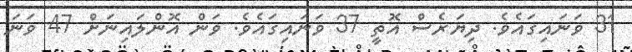
31 ވަނައިގައެވެ. ދިޔަރެސް އޮތީ 37 ވަނައިގައެވެ. ވަން އޮންލައިނަށް 47 ވަނަ